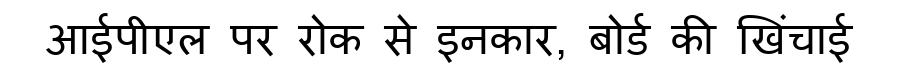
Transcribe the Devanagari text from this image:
आईपीएल पर रोक से इनकार, बोर्ड की खिंचाई